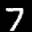
Label: 7